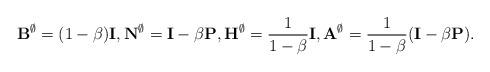
LaTeX: \begin{align*}\mathbf{B}^\emptyset = (1-\beta) \mathbf{I}, \mathbf{N}^\emptyset = \mathbf{I} - \beta \mathbf{P}, \mathbf{H}^\emptyset = \frac{1}{1-\beta} \mathbf{I}, \mathbf{A}^\emptyset = \frac{1}{1-\beta} (\mathbf{I} - \beta \mathbf{P}).\end{align*}